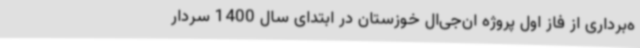
ه‌برداری از فاز اول پروژه ان‌جی‌ال خوزستان در ابتدای سال 1400 سردار